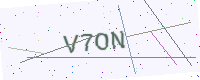
Text: V7ON